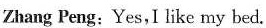
Zhang Peng:Yes,Ilike my bed.